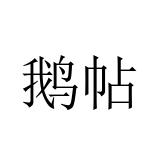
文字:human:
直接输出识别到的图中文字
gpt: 鹅帖